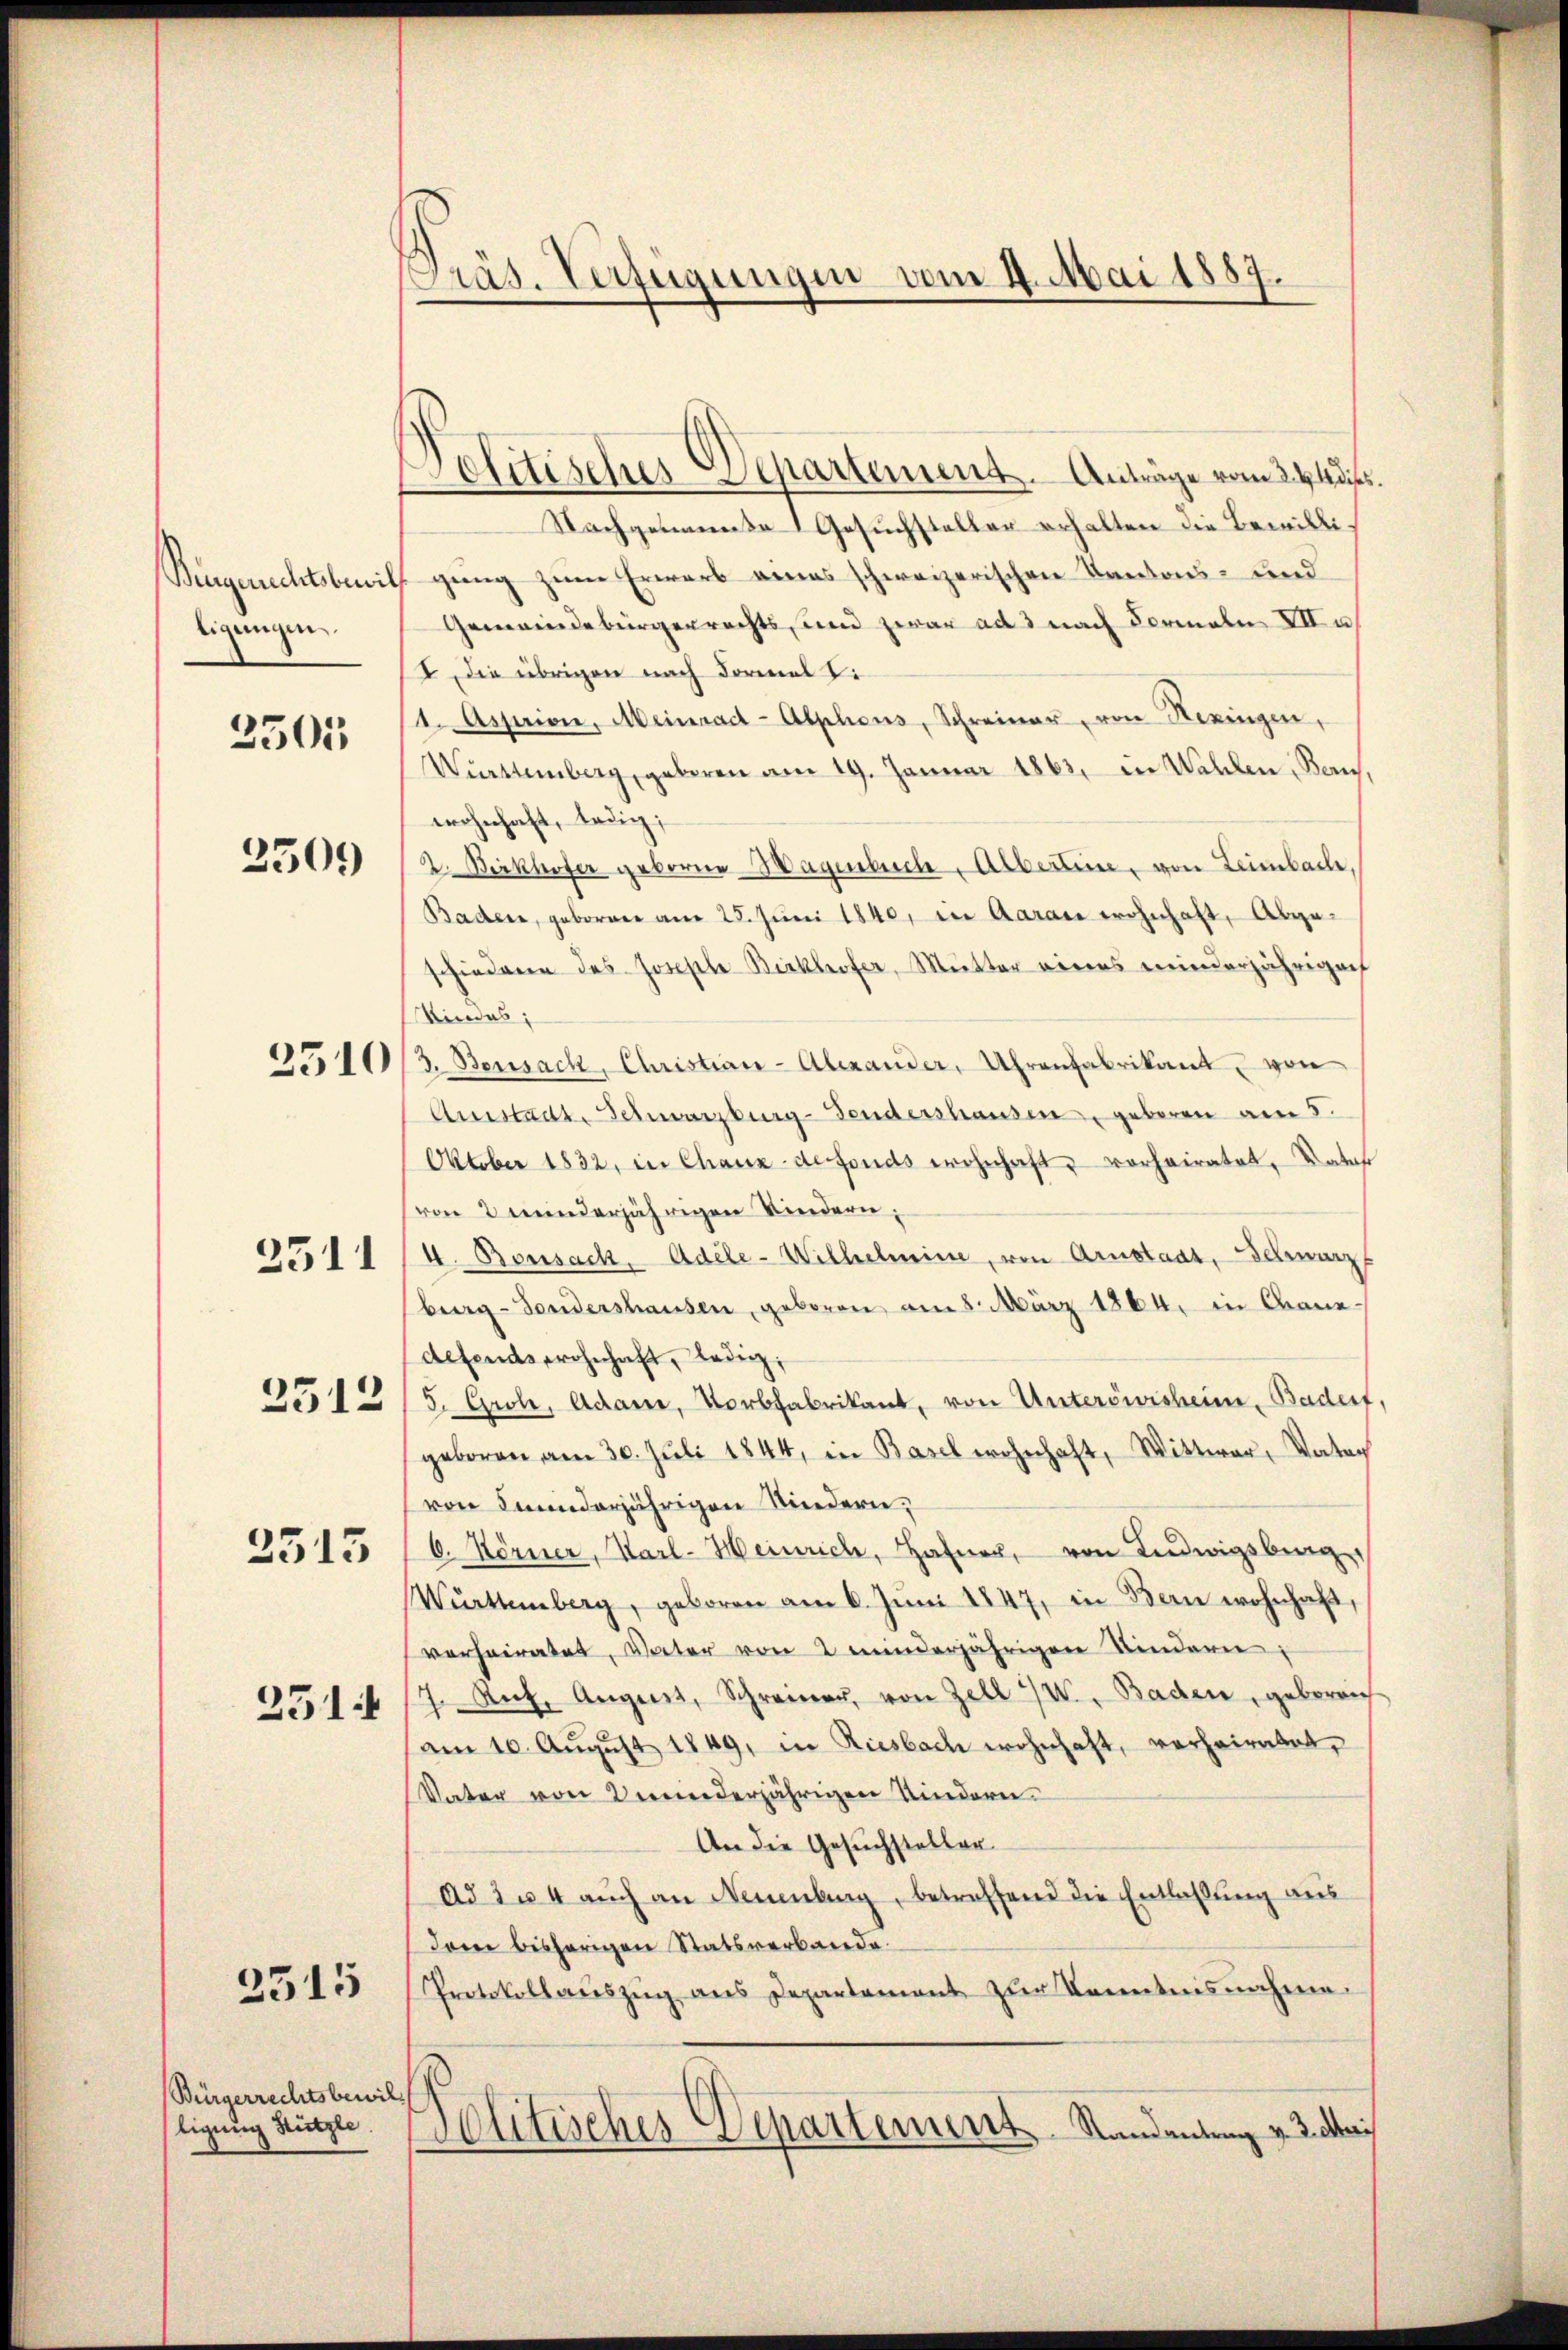
ligungen

2501

Bürgerrechtsbewil
ligung Stützte.

Politisches Departement. Anträge vom 244 dses.
Nachgenannte Gesuchsteller erhalten die Bewilli¬
Bengerechtsbewill gung zum Erwarb eines schweizerischen Kantons- und
Gemeindebürgerrechts, und zwar ad nach Formale XII u
I. Die übrigen nach Formel Ti
1. Apprion, Meinrad-Alphons, Schreiner, von Seringen,
Württemberg, geboren am 19. Januar 1863, in Wahlen, Benwohnhaft, ledig;
1505 (2. Bickhofer geborne Hagenbuch, Alberten, von Leimbach,
Baden, geborner am 25. Juni 1840, die Aarare wohnhaft, Abgeschiederen des Joseph Bickhofer, Mutter eines minderjährigen
Kindes;
2.103. Bensack, Christian-Abrander, Uhrenfabrikant, von
Amistadt, Schwarzburg-Tendershausen, geboren am 5.
Oktober 1832, in Chaux-defonds wohnhaft vorheiratet, Katas
von 2 minderjährigen Kindern,
2311, 4. Bonsack, Adele-Wilhelmine, von Arnstaat, Schwarz
berg-Sondershausen, geboren am 8. März 1864, in Cranedefends wohnhaft, ledig,
2513/5. Grob, Adam, Vorbfabrikant, von Unteröwisheim, Badert,
geboren am 30. Juli 1844, in Basel wohnhaft, Wittwer, Vater
von Feinderjährigen Kindern,
2515 (6. Körner, Karl-Heinrich, Hafner, von Ludwigsberg,
Württemberg, geboren am 6. Jŭni 1847, in Bern wohnhaft,
verheiratet, Vater von 2 minderjährigen Kindern
3517/7. Ant. August, Schreiner, von Zell I. Baden, geboreich
am 10. August 1849, in Riesbach wohnhaft, verheiratet,
Vater von meinderjährigen Kindern.
An die Gesuchsteller
ad 304 auch an Neuenburg, betreffend die Entlaßung aus
dem bisherigen Statsverbande
2515 Protokollaŭszŭg ans Departament zŭr Kenntnisnahme
Politisches Departement. Standentrag v. 3. Mai

Präs. Verfügungen vom 4. Mai 1887.